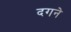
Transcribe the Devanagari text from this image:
दगने